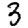
Digit: 3